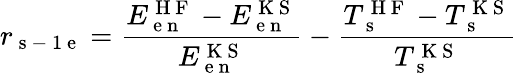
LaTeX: r_{\mathrm{~s~-~1~e~}}=\frac{E_{\mathrm{~e~n~}}^{\mathrm{~H~F~}}-E_{\mathrm{~e~n~}}^{\mathrm{~K~S~}}}{E_{\mathrm{~e~n~}}^{\mathrm{~K~S~}}}-\frac{T_{\mathrm{~s~}}^{\mathrm{~H~F~}}-T_{\mathrm{~s~}}^{\mathrm{~K~S~}}}{T_{\mathrm{~s~}}^{\mathrm{~K~S~}}}